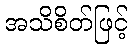
အသိစိတ်ဖြင့်